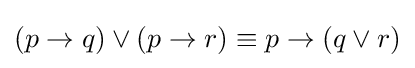
(p\rightarrow q)\vee (p\rightarrow r)\equiv p\rightarrow (q\vee r)